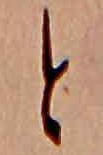
と